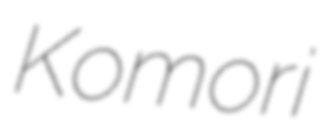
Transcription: Komori